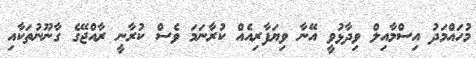
މުހައްމަދު އިސްމާއިލް ވިދާޅުވީ އޭނާ ވިޔަފާރިއެއް ކުރާނަމަ ވެސް ކުރާނީ ރާއްޖޭގެ ގާނޫނުތަކާއި